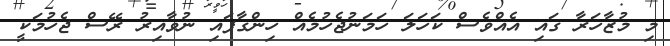
މި މުޒާހަރާ ގައި އެއްވެސް ކަހަލަ ހަމަނުޖެހުމެއް ހިންގާފައި ނުވާއިރު ރޭސް ޖެހުމަކީ